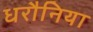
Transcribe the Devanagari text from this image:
धरौनिया